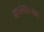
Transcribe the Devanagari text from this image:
मधासारखा